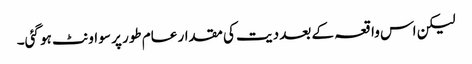
لیکن اس واقعہ کے بعد دیت کی مقدار عام طور پر سو اونٹ ہو گئی۔